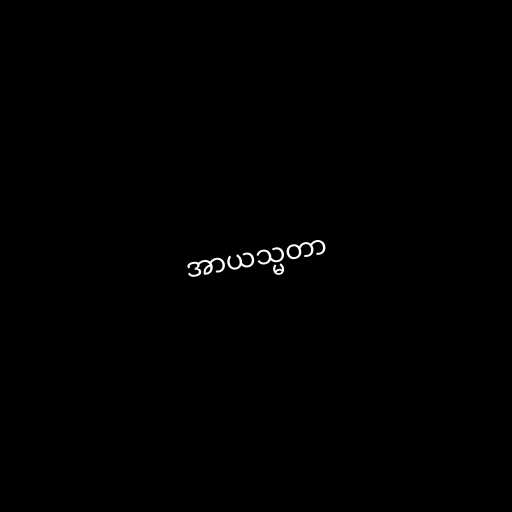
အာယသ္မတာ